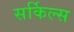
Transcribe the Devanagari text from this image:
सर्किल्स